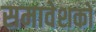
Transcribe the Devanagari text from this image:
समावेशकों